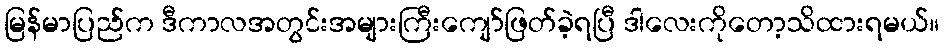
မြန်မာပြည်က ဒီကာလအတွင်းအများကြီးကျော်ဖြတ်ခဲ့ရပြီ ဒါလေးကိုတော့သိထားရမယ်။